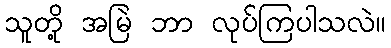
သူတို့ အမြဲ ဘာ လုပ်ကြပါသလဲ။